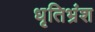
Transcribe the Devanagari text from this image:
धृतिभ्रंश